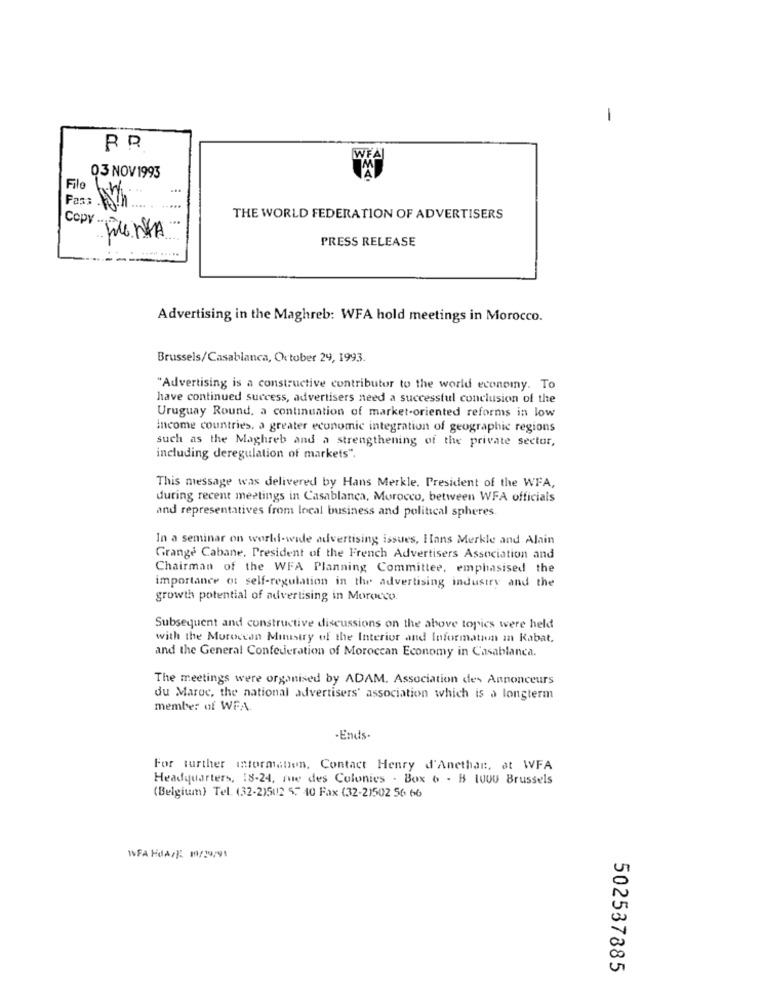
WFA
03 NOV 1993
File
Pass With
3%
Copy ..
THE WORLD FEDERATION OF ADVERTISERS
PRESS RELEASE
Advertising in the Maghreb: WFA hold meetings in Morocco.
Brussels/Casablanca, October 29, 1993.
"Advertising is a constructive contributor to the world economy. To
have continued success, advertisers need a successful conclusion of the
Uruguay Round, a continuation of market-oriented reforms in low
Income countries, a greater economic integration of geographic regions
such as the Maghreb and a strengthening of the private sector,
including deregulation of markets".
This message was delivered by Hans Merkle. President of the WFA,
during recent meetings in Casablanca, Morocco, between WFA officials
and representatives from local business and political spheres.
In a seminar on world-wide advertising issues, Hans Merkle and Alain
Grange Cabane, President of the French Advertisers Association and
Chairman of the WFA Planning Committee, emphasised the
importance of self-regulation in the advertising industry and the
growth potential of advertising in Morocco.
Subsequent and constructive discussions on the above topics were held
with the Moroccan Ministry of the Interior and Information an Kabat,
and the General Confederation of Moroccan Economy in Casablanca.
The meetings were organised by ADAM. Association des Annonceurs
du Maroc, the national advertisers' association which is à longterm
member of WFA.
.Ends-
For further information, Contact Henry d'Anethan, at WFA
Headquarters, 18-24, rue des Colonies . Box 6 - B LUUU Brussels
(Belgium) Tel. (32-2)502 57 40 Fax (32-21502 56 66
IFA FdA/F: 1/19/91
502537885